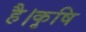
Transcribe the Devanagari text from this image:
है।कृषि